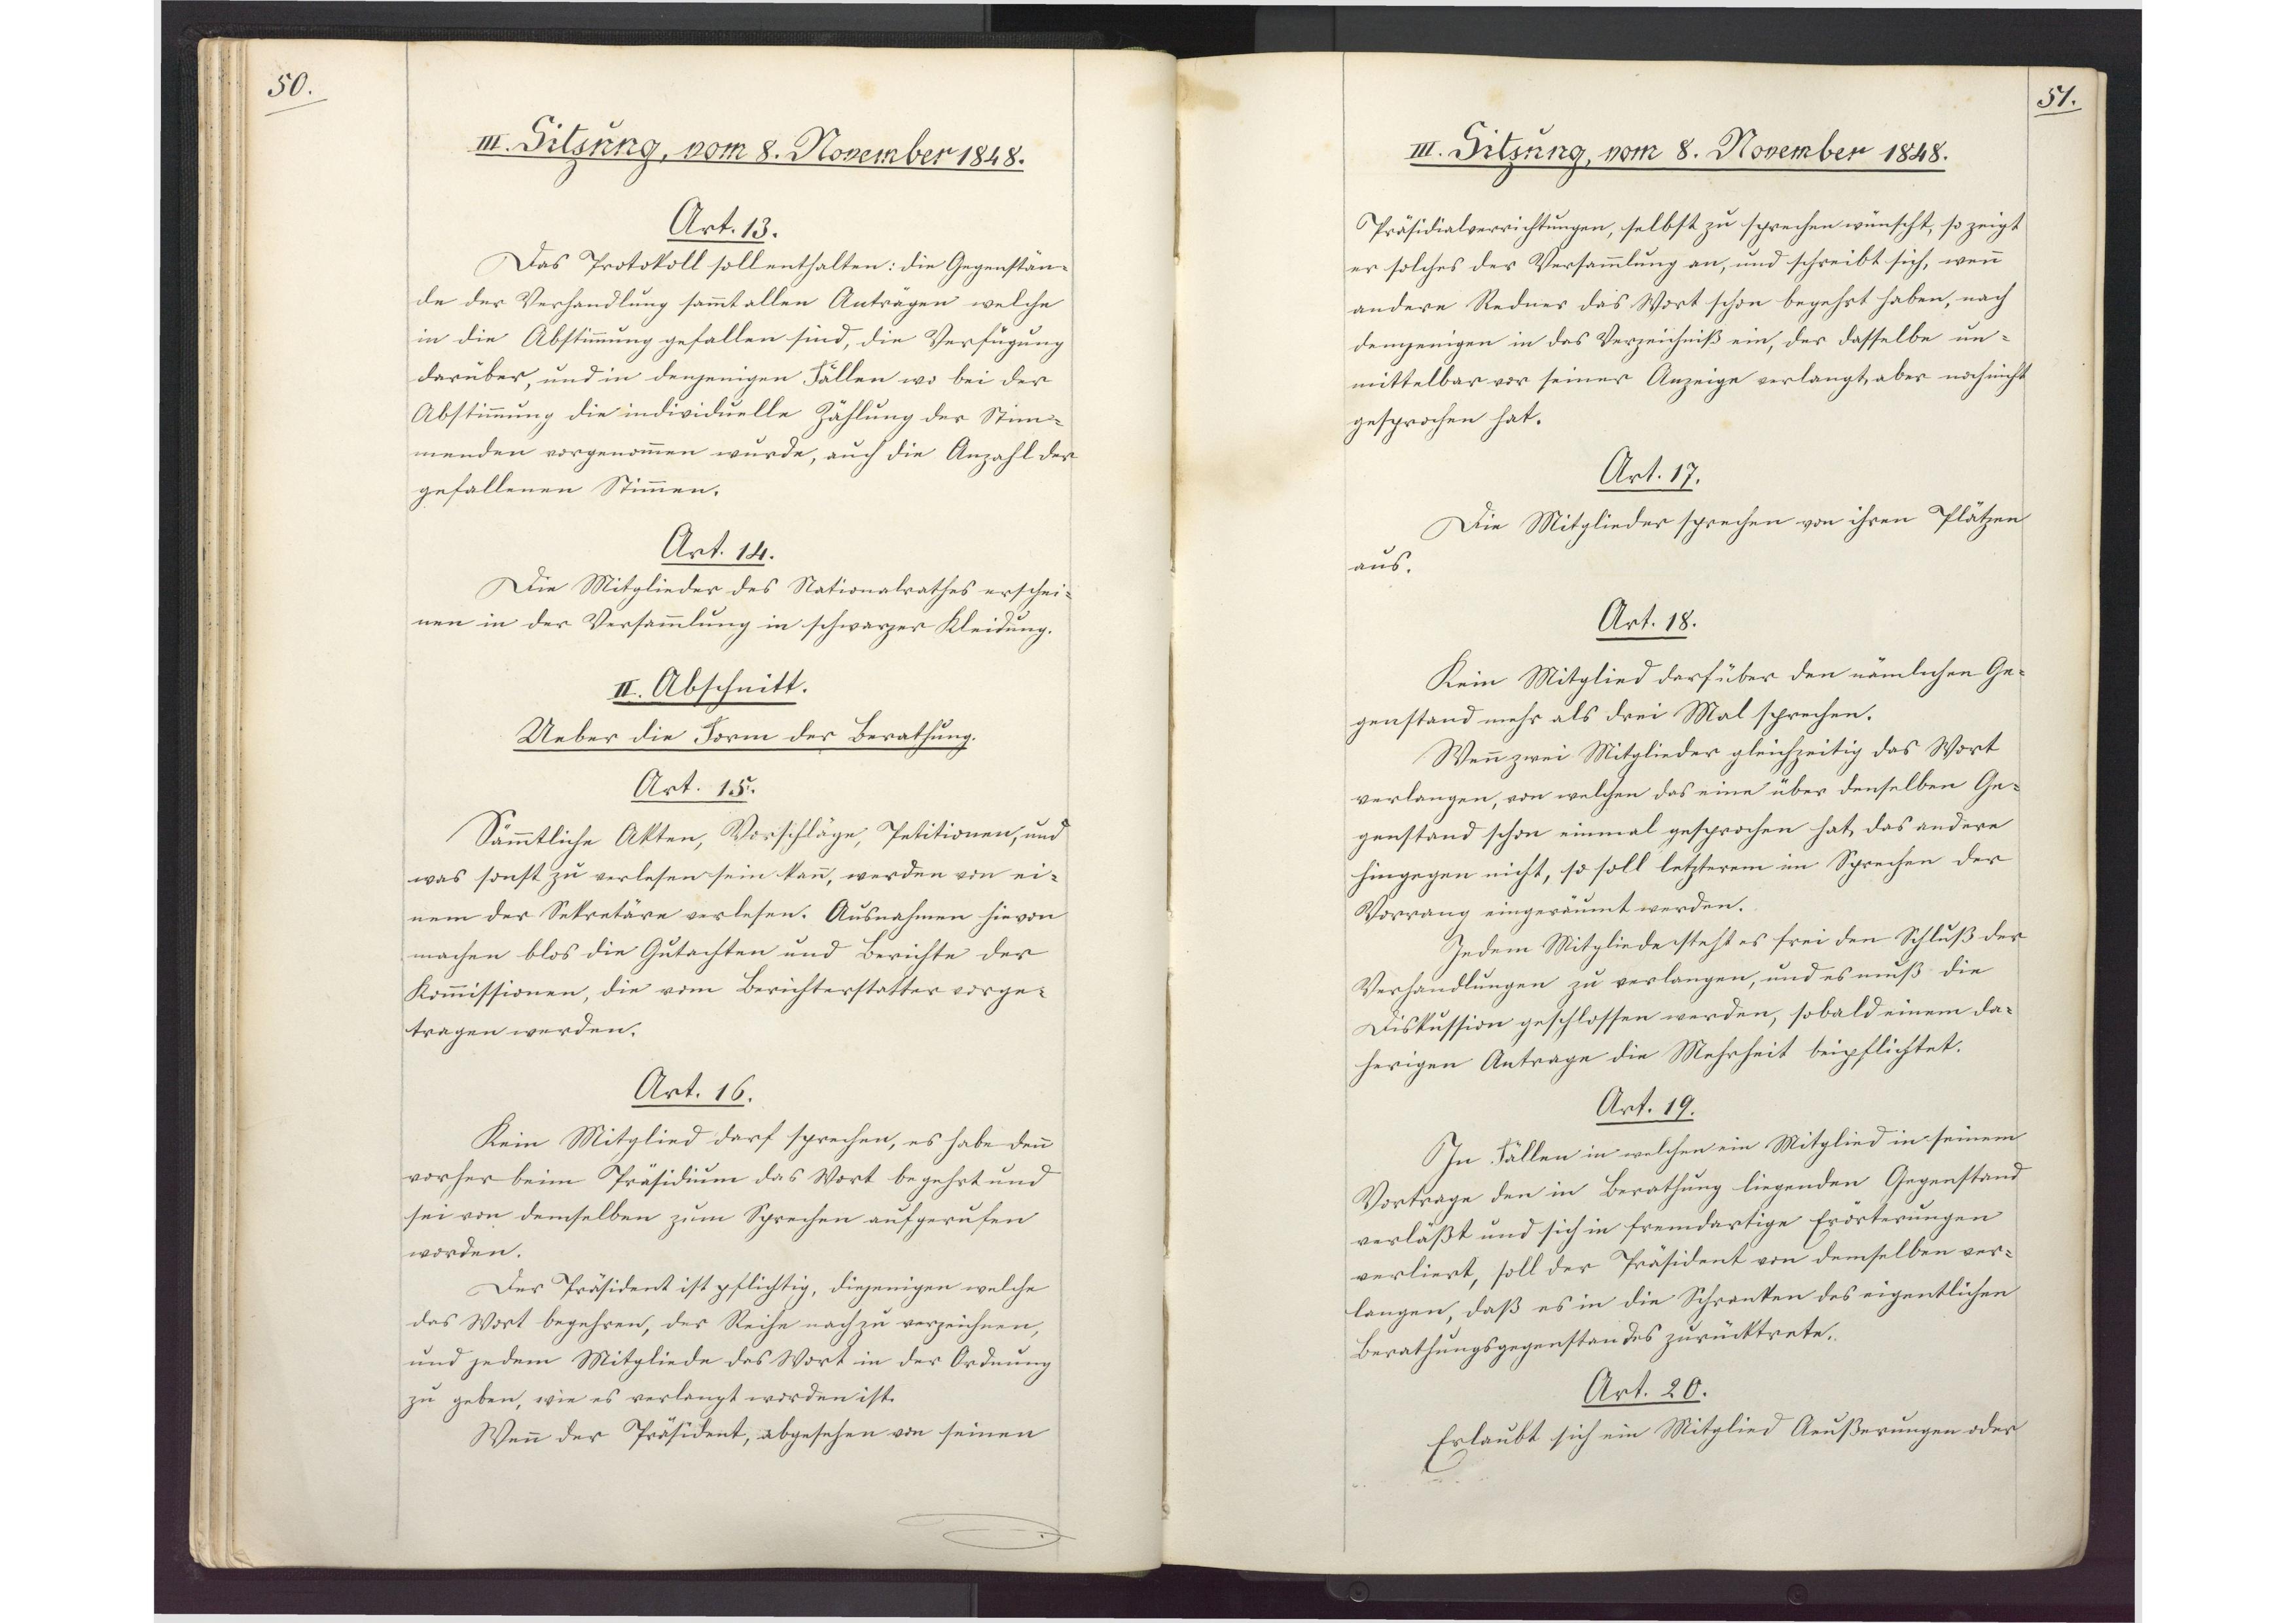
50.

III. Sitzung, vom 8. November 1848.

Art. 13.
Das Protokoll soll enthalten: die Gegenstän¬
de der Verhandlung sammt allen Anträgen welche
in die Abstimmung gefallen sind, die Verfügung
darüber, und in denjenigen Fällen wo bei der
Abstimmung die individuelle Zählung der Stim¬
menden vorgenommen wurde, auch die Anzahl der
gefallenen Stimmen.
Art. 14.
Die Mitglieder des Nationalrathes erschei¬
nen in der Versammlung in schwarzer Kleidung.
II. Abschnitt.
Ueber die Form der Berathung.
Art. 15.
Sämmtliche Akten, Vorschläge, Petitionen, und
was sonst zu verlesen sein kann, werden von ei¬
nem der Sekretäre verlesen. Ausnahmen hievon
machen blos die Gutachten und Berichte der
Kommissionen, die vom Berichterstatter vorge
tragen werden.
Art. 16.
Kein Mitglied darf sprechen, es habe denn
vorher beim Präsidium das Wort begehrt und
sei von demselben zum Sprechen aufgerufen
worden.
Der Präsident ist pflichtig, diejenigen welche
das Wort begehren, der Reihe nach zu verzeichnen,
und jedem Mitgliede das Wort in der Ordnung
zu geben, wie es verlangt worden ist.
Wenn der Präsident, abgesehen von seinen

51.

III. Sitzung, vom 8. November 1848.

Präsidialverrichtungen, selbst zu sprechen wünscht, so zeigt
er solches der Versammlung an, und schreibt sich, wenn
andere Redner das Wort schon begehrt haben, nach
demjenigen in das Verzeichniß ein, der dasselbe un¬
mittelbar vor seiner Anzeige verlangt, aber noch nicht
gesprochen hat.
Art. 17.
Die Mitglieder sprechen von ihren Plätzen
aus.
Art. 18.
Kein Mitglied darf über den nämlichen Ge¬
genstand mehr als drei Mal sprechen.
Wenn zwei Mitglieder gleichzeitig das Wort
verlangen, von welchen das eine über denselben Ge¬
genstand schon einmal gesprochen hat, das andere
hingegen nicht, so soll letzterem im Sprechen der
Vorrang eingeräumt werden.
Jedem Mitgliede steht es frei den Schluß der
Verhandlungen zu verlangen, und es muß die
Diskussion geschlossen werden, sobald einem da¬
herigen Antrage die Mehrheit beipflichtet.
Art. 19.
In Fällen in welchen ein Mitglied in seinem
Vortrage den in Berathung liegenden Gegenstand
verläßt und sich in fremdartige Erörterungen
verliert, soll der Präsident von demselben ver¬
langen, daß es in die Schranken des eigentlichen
Berathungsgegenstandes zurücktrete.
Art. 20.
Erlaubt sich ein Mitglied Aeußerungen oder